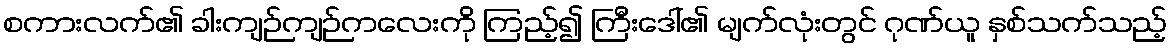
စကားလက်၏ ခါးကျဉ်ကျဉ်ကလေးကို ကြည့်၍ ကြီးဒေါ်၏ မျက်လုံးတွင် ဂုဏ်ယူ နှစ်သက်သည့်